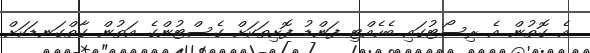
އެ ގޮތުން އެ ރިސޯޓުގައި ބެހެއްޓި ފަންޑު ފޮށިތަކަށް ގެސްޓުންގެ އަތުން ގާތްގަނޑަކަށް